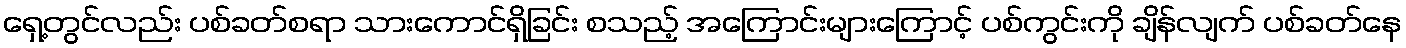
ရှေ့တွင်လည်း ပစ်ခတ်စရာ သားကောင်ရှိခြင်း စသည့် အကြောင်းများကြောင့် ပစ်ကွင်းကို ချိန်လျက် ပစ်ခတ်နေ